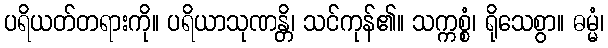
ပရိယတ်တရားကို။ ပရိယာသုဏန္တိ၊ သင်ကုန်၏။ သက္ကစ္စံ၊ ရိုသေစွာ။ ဓမ္မံ၊